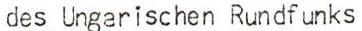
des Ungarischen Rundf unks